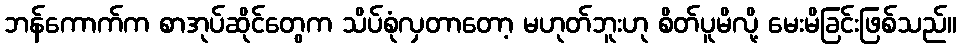
ဘန်ကောက်က စာအုပ်ဆိုင်တွေက သိပ်စုံလှတာတော့ မဟုတ်ဘူးဟု စိတ်ပူမိလို့ မေးမိခြင်းဖြစ်သည်။